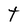
Character: t